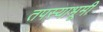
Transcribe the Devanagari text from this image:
तपस्याभूमी